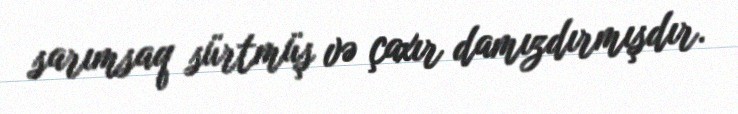
sarımsaq sürtmüş və çaxır damızdırmışdır.